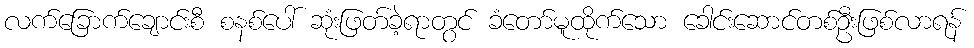
လက်ခြောက်ချောင်းစီ စနစ်ပေါ် ဆုံးဖြတ်ခဲ့ရာတွင် ခံတော်မူထိုက်သော ခေါင်းဆောင်တစ်ဦးဖြစ်လာရန်